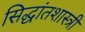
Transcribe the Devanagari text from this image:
सिद्धांतशास्त्री